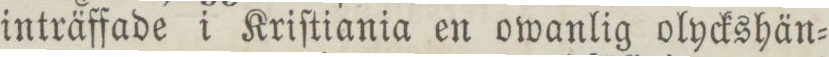
inträffade i Kriſtiania en owanlig olyckshän=